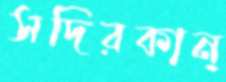
সদিরকান্